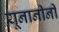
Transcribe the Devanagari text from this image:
यूनानीनीं